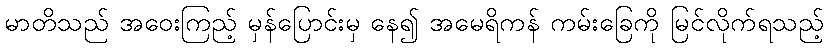
မာတိသည် အဝေးကြည့် မှန်ပြောင်းမှ နေ၍ အမေရိကန် ကမ်းခြေကို မြင်လိုက်ရသည့်